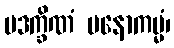
ပဒက္ခိဏံ မနောကမ္မံ၊